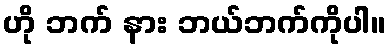
ဟို ဘက် နား ဘယ်ဘက်ကိုပါ။